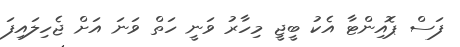
ފަސް ޕޮއިންޓާ އެކު ބީޖީ މިހާރު ވަނީ ހަތް ވަނަ އަށް ޖެހިލައިފަ